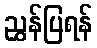
ညွှန်ပြရန်